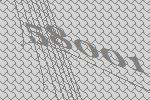
58001